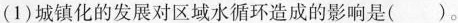
（1）城镇化的发展对区域水循环造成的影响是( )。